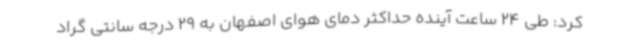
کرد: طی 24 ساعت آینده حداکثر دمای هوای اصفهان به 29 درجه سانتی گراد